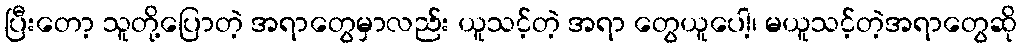
ပြီးတော့ သူတို့ပြောတဲ့ အရာတွေမှာလည်း ယူသင့်တဲ့ အရာ တွေယူပေါ့၊ မယူသင့်တဲ့အရာတွေဆို